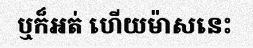
ឬក៏អត់ ហើយម៉ាសនេះ